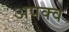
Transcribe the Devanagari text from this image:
अपक्‍व